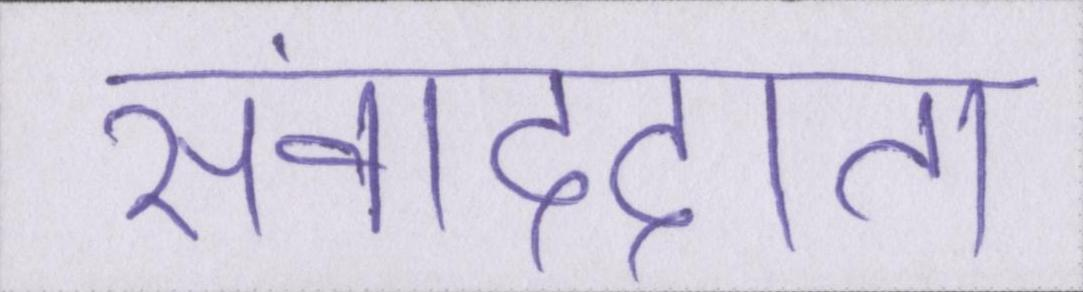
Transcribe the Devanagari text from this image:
संवाददाता